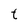
Character: t